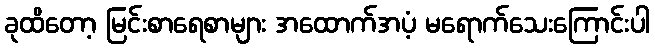
ခုထိတော့ မြင်းစာရေစာများ အထောက်အပံ့ မရောက်သေးကြောင်းပါ